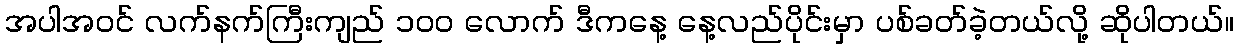
အပါအဝင် လက်နက်ကြီးကျည် ၁၀၀ လောက် ဒီကနေ့ နေ့လည်ပိုင်းမှာ ပစ်ခတ်ခဲ့တယ်လို့ ဆိုပါတယ်။